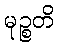
မုဉ္စတိ